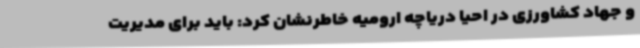
و جهاد کشاورزی در احیا دریاچه ارومیه خاطرنشان کرد: باید برای مدیریت